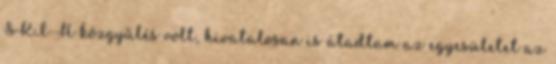
SKI-H közgyűlés volt, hivatalosan is átadtam az egyesületet az